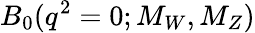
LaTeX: B_{0}(q^{2}=0;M_{W},M_{Z})